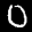
Label: 0